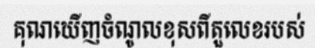
គុណឃើញចំណូលខុសពីតួលេខរបស់